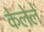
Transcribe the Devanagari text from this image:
केेलेले